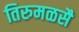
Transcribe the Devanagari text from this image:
तिरुमळसै